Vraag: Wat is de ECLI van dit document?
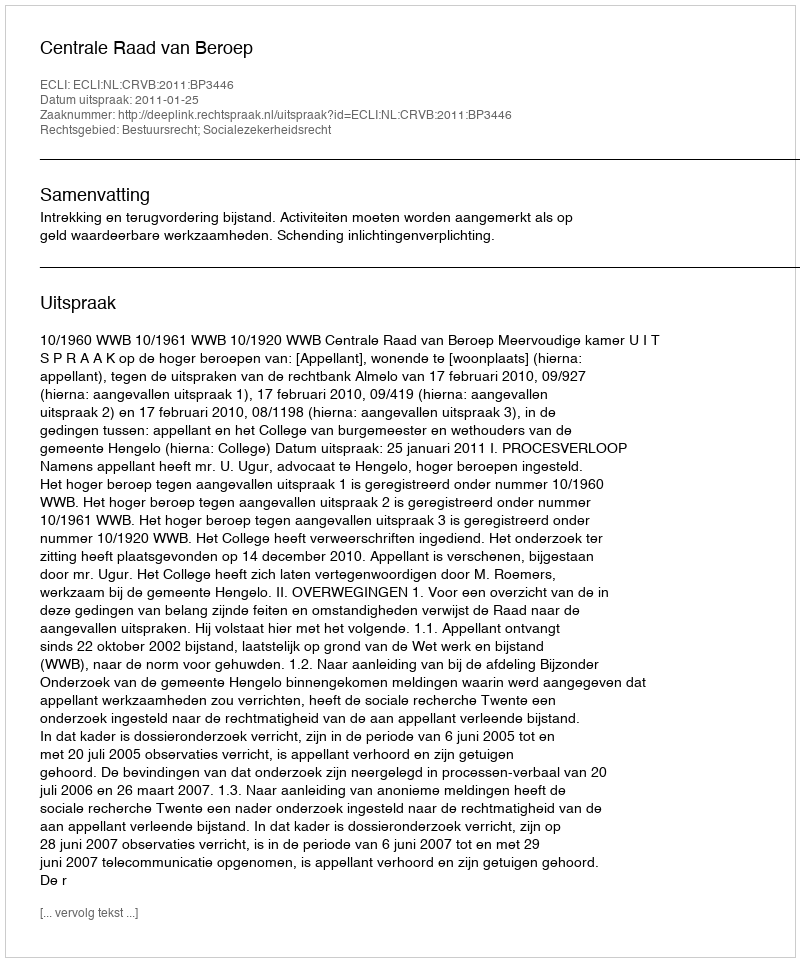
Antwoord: ECLI:NL:CRVB:2011:BP3446